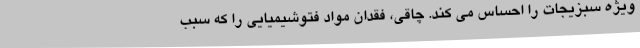
ویژه سبزیجات را احساس می کند. چاقی، فقدان مواد فتوشیمیایی را که سبب